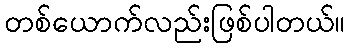
တစ်ယောက်လည်းဖြစ်ပါတယ်။